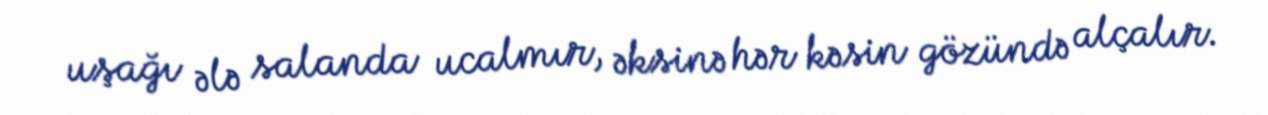
uşağı ələ salanda ucalmır, əksinə hər kəsin gözündə alçalır.